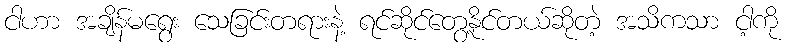
ငါဟာ အချိန်မရွေး သေခြင်းတရားနဲ့ ရင်ဆိုင်တွေ့နိုင်တယ်ဆိုတဲ့ အသိကသာ ငါ့ကို